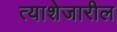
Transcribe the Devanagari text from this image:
त्याशेजारील